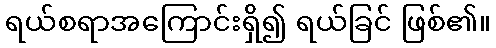
ရယ်စရာအကြောင်းရှိ၍ ရယ်ခြင် ဖြစ်၏။